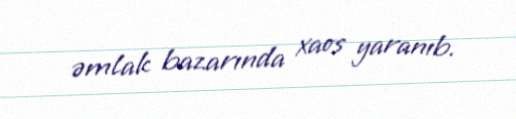
əmlak bazarında xaos yaranıb.